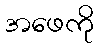
အဖေကို